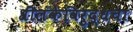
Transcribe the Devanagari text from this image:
श्रीलंकेविरुद्धचा